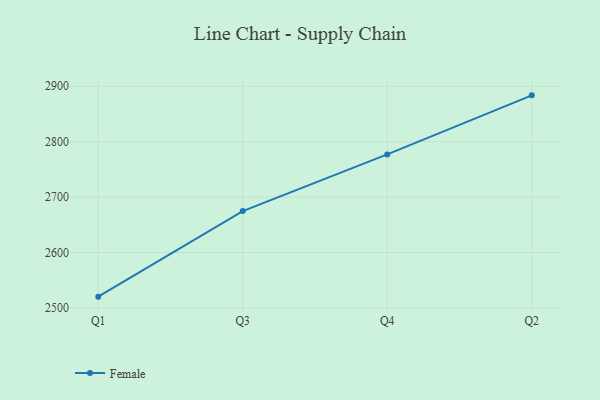
{"axis": {"x": "Quarter", "y": "Website Visitors"}, "legend": ["Female"], "data": [{"x": "Q1", "y": 2520.4, "type": "Female"}, {"x": "Q3", "y": 2674.8, "type": "Female"}, {"x": "Q4", "y": 2777.1, "type": "Female"}, {"x": "Q2", "y": 2883.6, "type": "Female"}]}